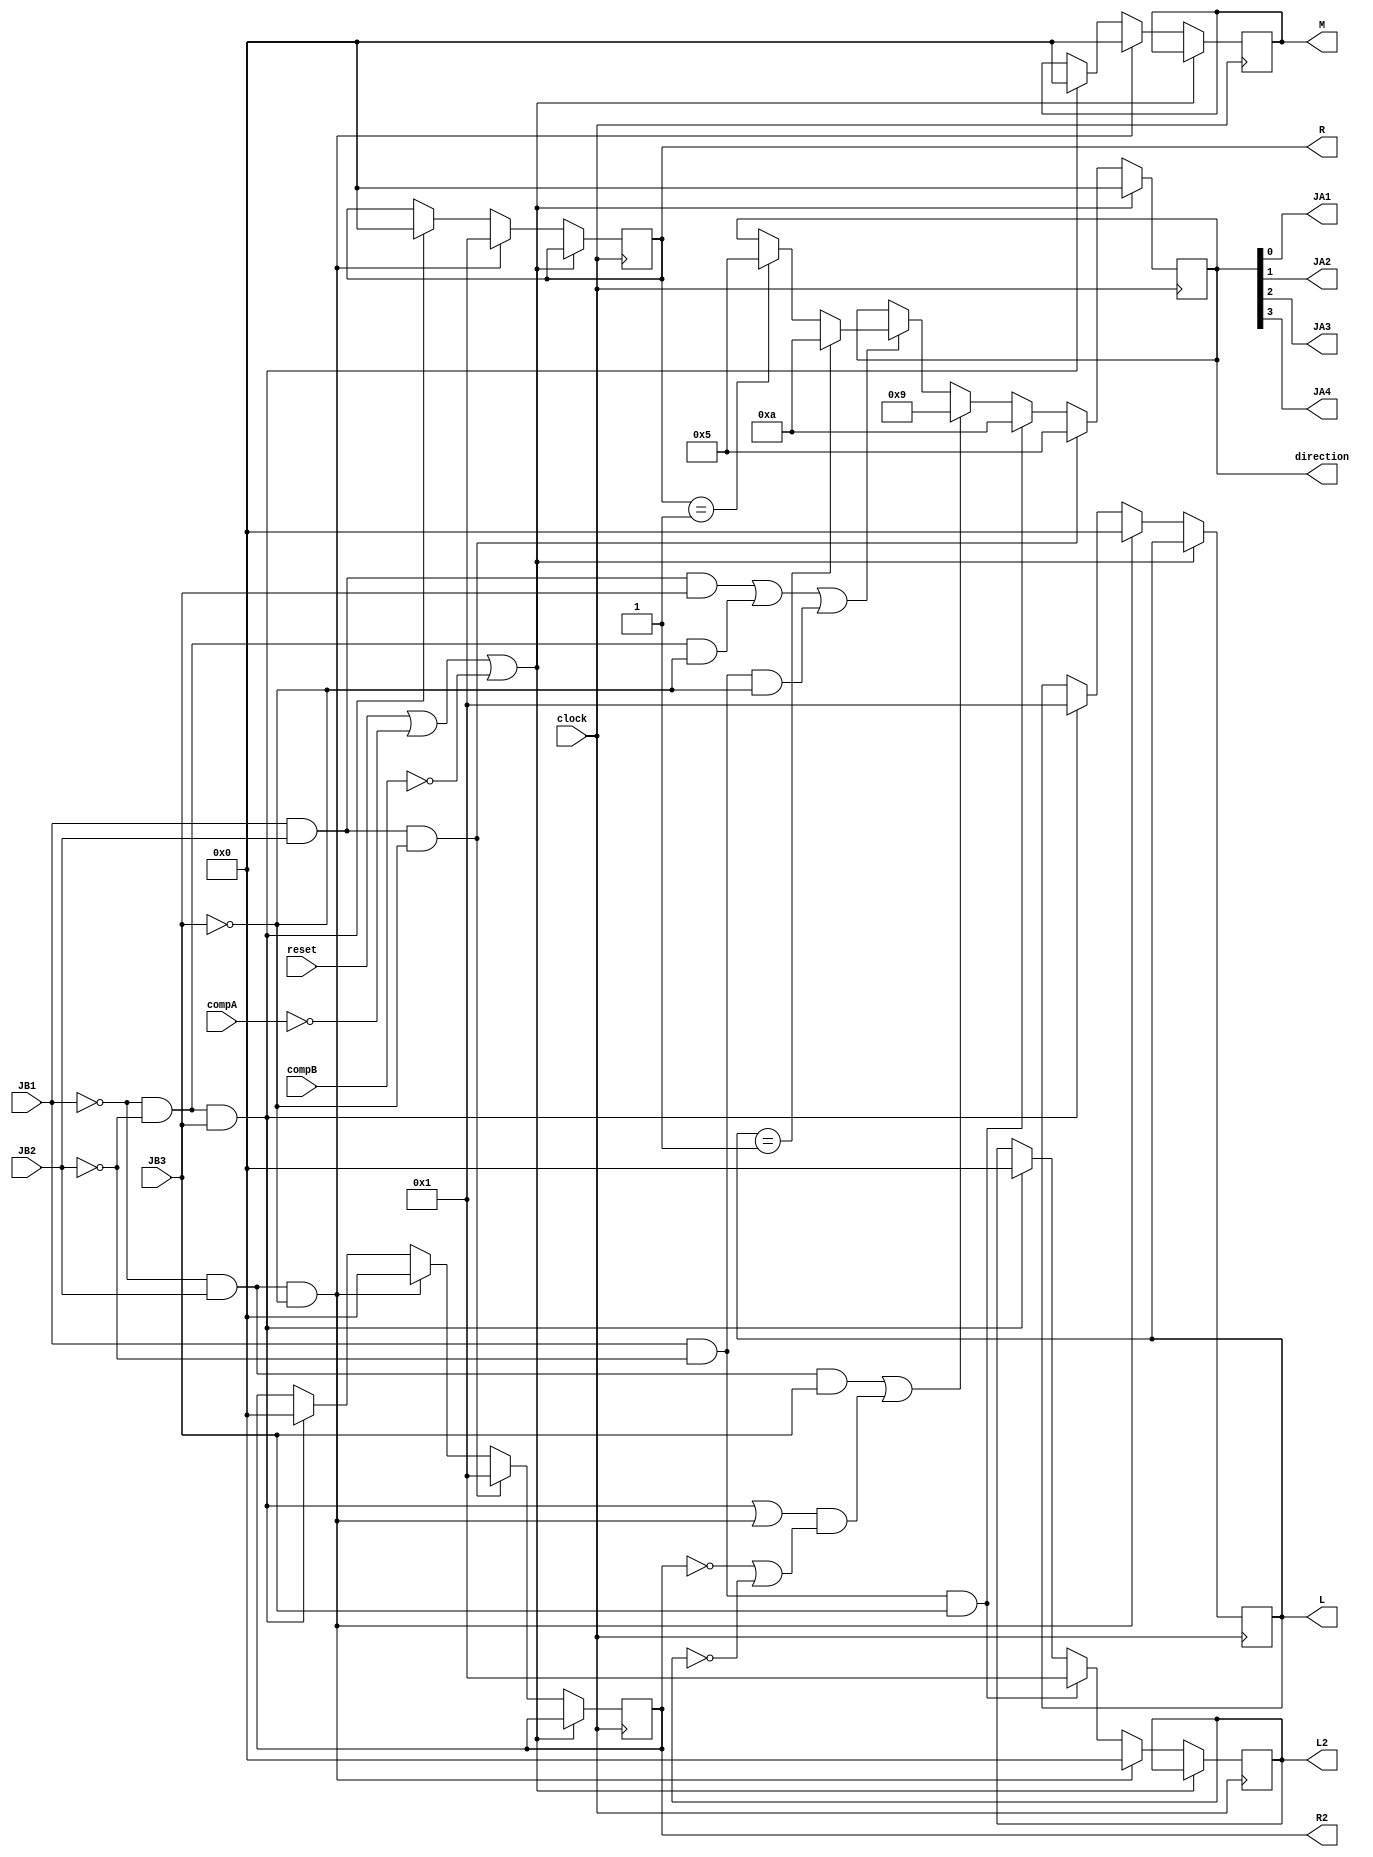
`timescale 1ns / 1ps


module Pico_project_MotorDriver(

    input reset,
	input compA, compB, JB1, JB2, JB3, clock,
	output reg [3:0] direction, M, L, R, L2, R2,
    output JA1, JA2, JA3, JA4
    );
		//-------------STATE DECODING----------------------------------		
        localparam stop = 4'b0000;
		localparam forward = 4'b0001;
		localparam backward = 4'b0010;
		localparam right = 4'b0100;
		localparam left = 4'b1000;
	//------------------STATE ENCODING----------------------------------	
		localparam stop_control = 4'b0000;
		localparam forward_control = 4'b1001; 
		localparam backward_control = 4'b0110;
		localparam right_control = 4'b0101;
		localparam left_control = 4'b1010;
		
//-------------PARAMETER INITIALIZATION------------------------
        initial begin
			M = 1;
			L = 0;
			R = 0;
			R2 = 0;
			L2 = 0;
			direction = stop_control;
        end
//----------CHANGE DETECTION BASED CONTROL-----------------------------------
        always @ (posedge clock) begin
            if(reset || compA == 0 || compB == 0) begin
                direction <= stop_control;
                end
            else begin
            if ((JB1 && JB2 && JB3) || (!JB1 && !JB2 && !JB3) || (JB1 && !JB2 && !JB3))begin // If no sensor detection, go back
            if (R == 1)
            direction <= right_control;
            if (L == 1)
            direction <= left_control;            
            end
               
            if((!JB1 && JB2 && JB3) || (((!JB1 && !JB2 && JB3) || (!JB1 && JB2 && !JB3)) && (R2 == 0 || L2 == 0)))
            direction <= forward_control;
           
            if (!JB1 && !JB2 && JB3) begin // if left turn (middle and left)
            M <= 0;
            L <= 1;
            R <= 0;
            R2 <= 0;
            L2 <= 0;
            end
            if ((JB1 && !JB2 && JB3)) begin  // if left (only left) AND it was left and middle before)
            direction <= left_control;
            L2 <= 1;
            end
            
            if (!JB1 && JB2 && !JB3) begin // if right turn (middle and right)
            M <= 0;
            L <= 0;
            R <= 1;
            R2 <= 0;
            L2 <= 0;
            end
            if ((JB1 && JB2 && !JB3)) begin // if right (only right) AND it was (right and middle before
            direction <= right_control;
            R2 <= 1;
            end
           
          
		  end
        end

//---------FINAL OUTPUT ASSIGNMENTS-----------------------------------------

	//set control bits to value of control switches
	assign JA1 = direction[0];
	assign JA2 = direction[1];
	assign JA3 = direction[2];
	assign JA4 = direction[3];
	
endmodule